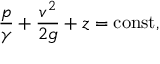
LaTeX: { \frac { p } { \gamma } } + { \frac { v ^ { 2 } } { 2 g } } + z = \mathrm { c o n s t } ,